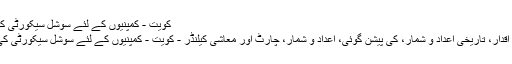
کویت - کمپنیوں کے لئے سوشل سیکورٹی کی شرح
موجودہ اقدار، تاریخی اعداد و شمار، کی پیشن گوئی، اعداد و شمار، چارٹ اور معاشی کیلنڈر - کویت - کمپنیوں کے لئے سوشل سیکورٹی کی شرح.